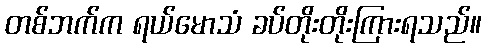
တစ်ဘက်က ရယ်မောသံ ခပ်တိုးတိုးကြားရသည်။